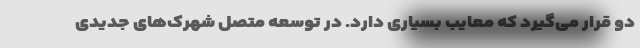
دو قرار می‌گیرد که معایب بسیاری دارد. در توسعه متصل شهرک‌های جدیدی